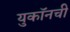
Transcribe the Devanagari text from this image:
युकॉनची